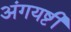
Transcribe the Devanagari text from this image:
अंगयष्टी